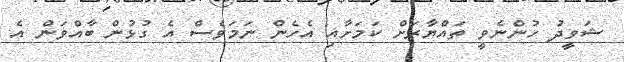
ޝަވީދު ހުންނެވީ ތައްޔާރަށް ކަމަށާއި އެހެން ނަމަވެސް އެ ގުޅުން ބާއްވަން އެ